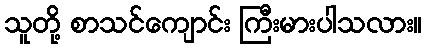
သူတို့ စာသင်ကျောင်း ကြီးမားပါသလား။